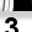
Digit: 3